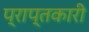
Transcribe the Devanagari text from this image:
प्राप्तकारी